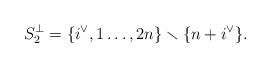
LaTeX: \begin{align*} S_2^\perp = \{i^\vee,1\dotsc,2n\} \smallsetminus \{n+i^\vee\}.\end{align*}